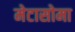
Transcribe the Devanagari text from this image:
मेटासोमा